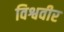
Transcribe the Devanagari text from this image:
विश्ववीर